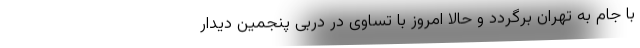
با جام به تهران برگردد و حالا امروز با تساوی در دربی پنجمین دیدار